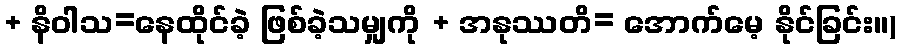
+ နိဝါသ=နေထိုင်ခဲ့ ဖြစ်ခဲ့သမျှကို + အနုဿတိ= အောက်မေ့ နိုင်ခြင်း။)